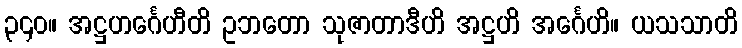
၃၄၀။ အဋ္ဌဟင်္ဂေဟီတိ ဥဘတော သုဇာတာဒီဟိ အဋ္ဌဟိ အင်္ဂေဟိ။ ယသသာတိ